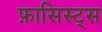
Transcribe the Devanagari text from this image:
फ़ासिस्ट्स